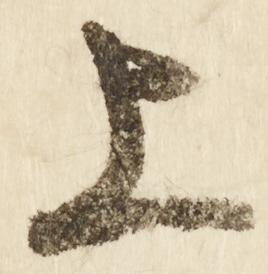
上